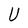
Character: U